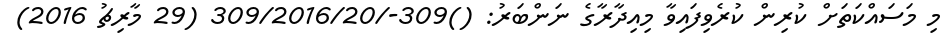
މި މަސައްކަތަށް ކުރިން ކުރެވިފައިވާ މިއިދާރާގެ ނަންބަރު: ()309-/309/2016/20 (29 މާރިޗު 2016)